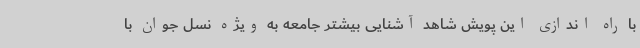
با راه اندازی این پویش شاهد آشنایی بیشتر جامعه به ویژه نسل جوان با